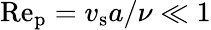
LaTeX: \mathrm{Re_{\mathrm{p}}}={v}_{\mathrm{s}}a/\nu\ll 1